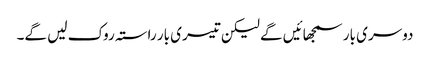
دوسری بار سمجھائیں گے لیکن تیسری بار راستہ روک لیں گے۔